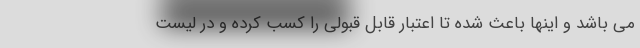
می باشد و اینها باعث شده تا اعتبار قابل قبولی را کسب کرده و در لیست